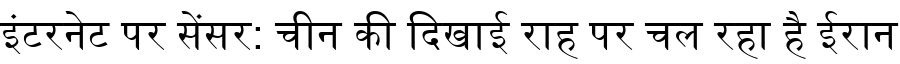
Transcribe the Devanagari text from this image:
इंटरनेट पर सेंसर: चीन की दिखाई राह पर चल रहा है ईरान